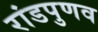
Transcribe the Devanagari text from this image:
रांडपुणव